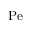
\mathrm { P e }